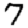
Digit: 7